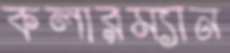
কলারম্যান